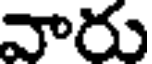
వారు